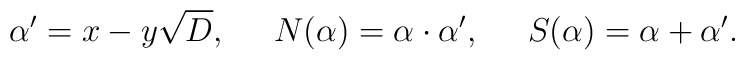
\alpha'=x-y\sqrt{D},\;\;\;\;\;N(\alpha)=\alpha\cdot\alpha',\;\;\;\;\;S(\alpha)=\alpha+\alpha'.